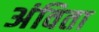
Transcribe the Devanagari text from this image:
अंविता